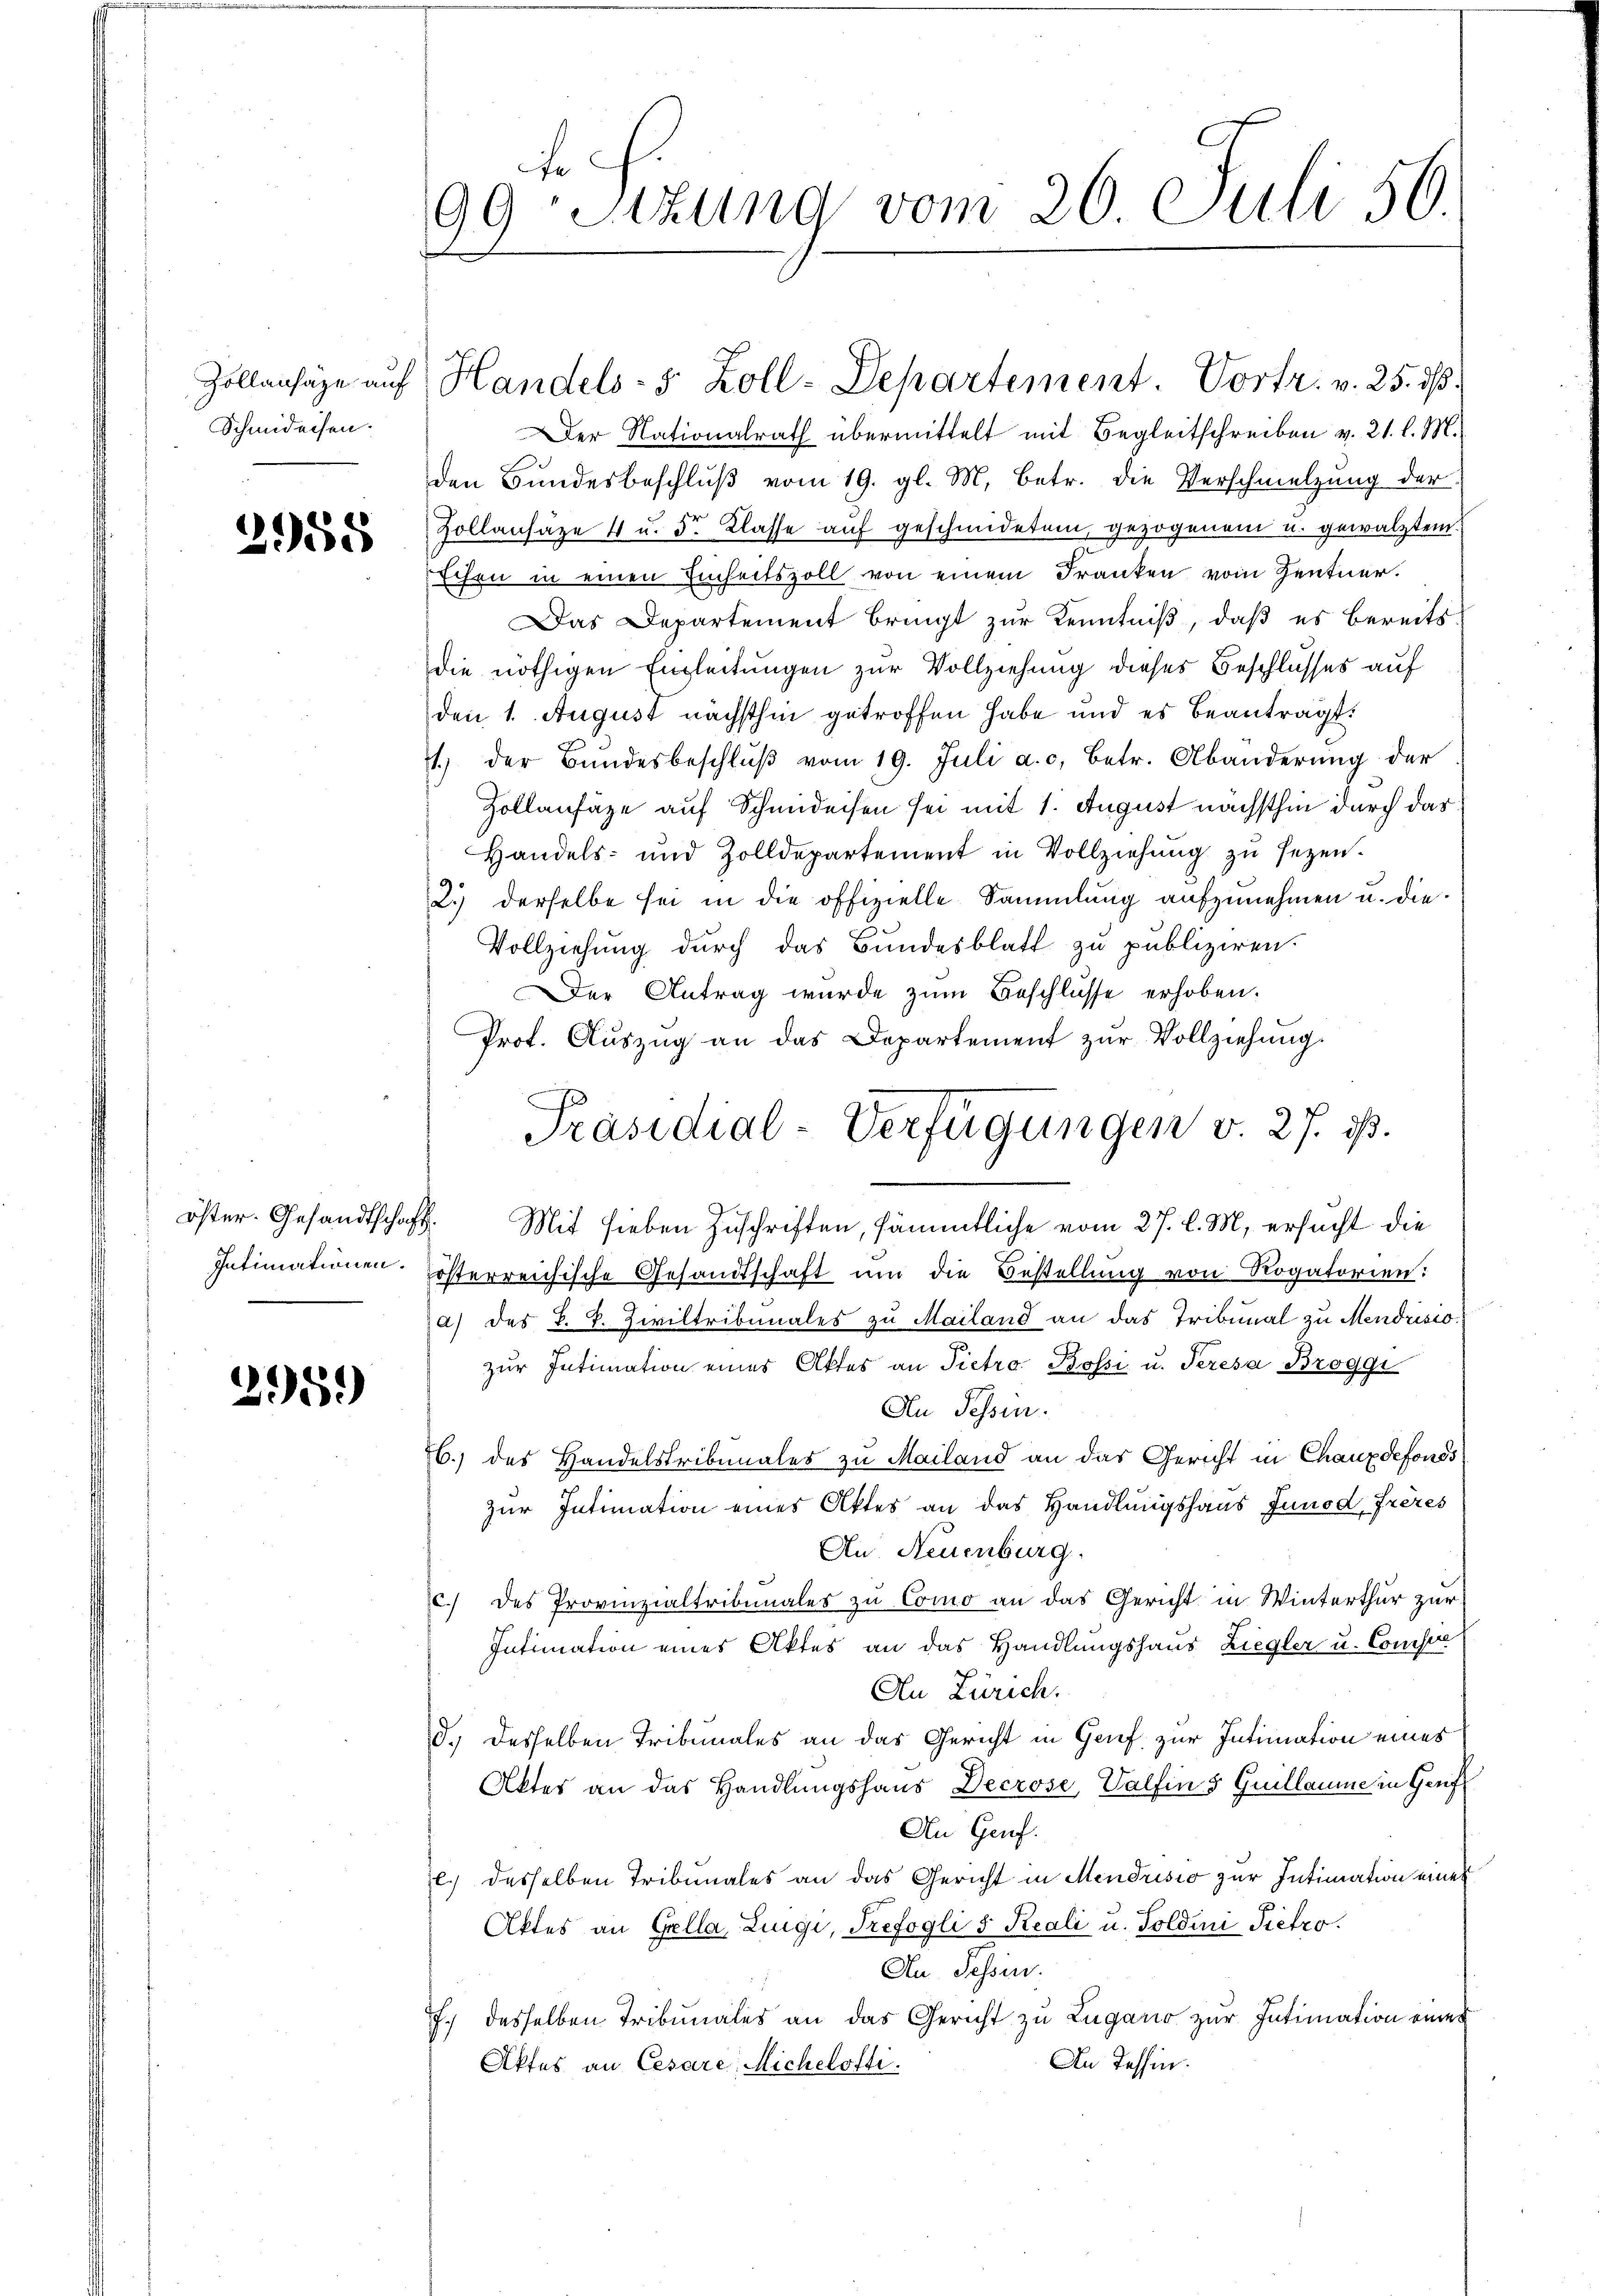
Schmideisen.

2958

Intimationen.

295.)

fe
99 Sitzung vom 26 Juli 50.

Zollenhäge auf Handels- 5 Zoll-Departement. Vortr. v. 25. dβ.

Der Nationalrath übermittelt mit Begleitschreiben v. 21. l. M.
den Bundesbeschlŭβ vom 19. gl. M. betr. die Verschmelzung der
Zollansäze 4 u. 5r Klasse auf geschmideten, gezogenem u. gewalztem.
Echen in einen Einheitszoll von einem Franken vom Zentner.
Das Departement bringt zur Kenntniß, daß es bereits
die nöthigen Einleitungen zur Vollziehung dieses Beschlusses auf
den 1. August nächsthin getroffen habe und es beantragt:
1.) der Bŭndesbeschlŭβ vom 19. Juli a. c. betr. Abänderŭng der
Zollanfäge auf Schmideisen sei mit 1. August nächsthin durch das
Handels- und Zolldepartement in Vollziehung zu sezen.
2.) derselbe sei in die offizielle Sammlung aufzunehmen u. die¬
Vollziehung durch das Bundesblatt zu publiziren.
Der Antrag wurde zum Beschlüsse erhoben.
Prof. Aŭszŭg an das Departement zŭr Vollziehung.
öster. Gesandtschaft. Mit sieben Zuschriften, sämmtliche vom 27. l. M. ersucht die
österreichische Gesandtschaft um die Bestellung von Rogatorien:
a) des L. J. Ziviltribunales zu Mailand an das Tribunal zu Mendrisio
zur Intimation eines Aktes an Pietro Bossi u. Peresa Broggi
An Tessin.
6.) des Handelstribunales zu Mailand an das Gericht in Chauxdefonds
zur Intimation eines Aktes an das Handlungshaus Junod, frères
An Neuenburg.
c.) des Provinzialtribunales zu Como an das Gericht in Winterthur zur
Intimation eines Aktes an das Handlungshaus Ziegler u. Compe
An Zürich.
d. desselben Tribunales an das Gericht in Grief zur Intimation eines
Aktes an das Handlungshaus Decrose, Valfin 5 Guillaume in Genf
An Genf.
l.) desselben Tribunales an das Gericht in Mendrisio zur Intimation eines
Aktes an Gella, Lingi, Trefogli 5 Reali u. Goldini Pietro
An Sessen.
7.) desselben Tribunales an das Gericht zu Lugano zur Intimation eines
An Tessin.
Aktes an Cesare: Michelosti.

Präsidial-Verfügungen v. 27. ds.